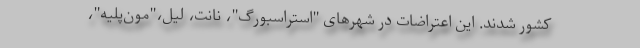
کشور شدند. این اعتراضات در شهرهای "استراسبورگ"، نانت، لیل،"مون‌پلیه"،